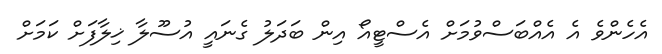
އެހެންވެ އެ އެއްބަސްވުމަށް އެސްޓީއޯ އިން ބަދަލު ގެނައީ އުސޫލާ ޚިލާފަށް ކަމަށް